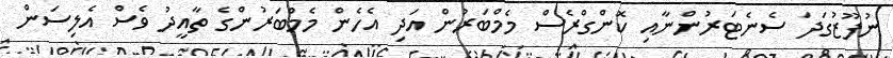
ނުފޫޒުގަދަ ސެނެޓަރުންނާއި ކޮންގްރެސް މެމްބަރުން އަދި އެހެން މެމްބަރުންގެ ތާއީދު ވެސް އެލިސަން